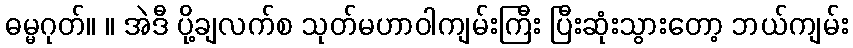
ဓမ္မဂုတ်။ ။ အဲဒီ ပို့ချလက်စ သုတ်မဟာဝါကျမ်းကြီး ပြီးဆုံးသွားတော့ ဘယ်ကျမ်း